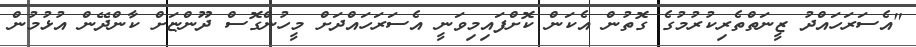
"އެސަރަހައްދު ޒީނަތްތެރިކުރުމުގެ ގޮތުން އެކަން ކޮށްފައިމިވަނީ އެސަރަހައްދަށް މީހުންގޮސް ދޫންޏަށް ކާންދޭން އުޅުމުން